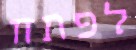
לפתח